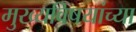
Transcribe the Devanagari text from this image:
मुख्यविषयांच्या